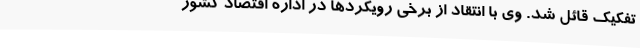
تفکیک قائل شد. وی با انتقاد از برخی رویکردها در اداره اقتصاد کشور